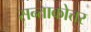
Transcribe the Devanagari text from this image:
सन्ताकोत्तर